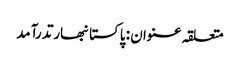
متعلقہ عنوان : پاکستانبھارتدرآمد